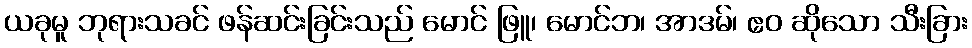
ယခုမူ ဘုရားသခင် ဖန်ဆင်းခြင်းသည် မောင် ဖြူ၊ မောင်ဘ၊ အာဒမ်၊ ဧဝ ဆိုသော သီးခြား